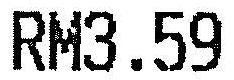
RM3.59